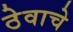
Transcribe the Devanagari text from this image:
ठेवाचे